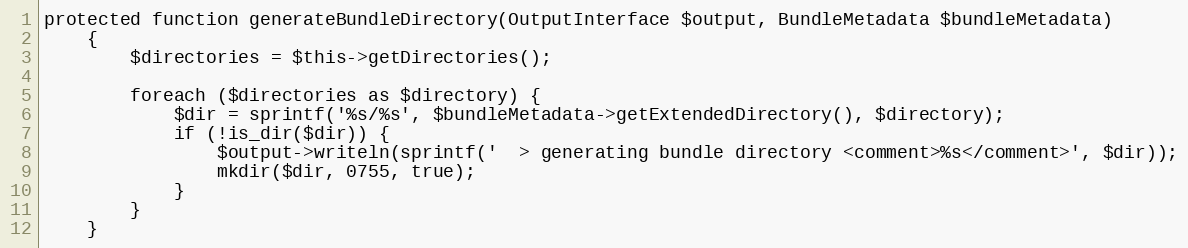
Language: PHP
protected function generateBundleDirectory(OutputInterface $output, BundleMetadata $bundleMetadata)
    {
        $directories = $this->getDirectories();

        foreach ($directories as $directory) {
            $dir = sprintf('%s/%s', $bundleMetadata->getExtendedDirectory(), $directory);
            if (!is_dir($dir)) {
                $output->writeln(sprintf('  > generating bundle directory <comment>%s</comment>', $dir));
                mkdir($dir, 0755, true);
            }
        }
    }